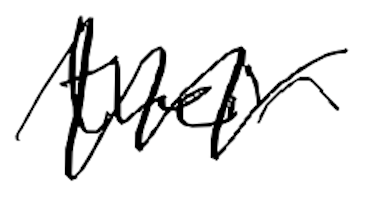
Text: their
Cross-out: zig-zag
Writing tool: digital_black